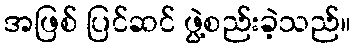
အဖြစ် ပြင်ဆင် ဖွဲ့စည်းခဲ့သည်။